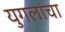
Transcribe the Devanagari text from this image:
युगलांचा